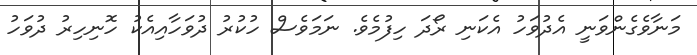
މަނާވެގެންވަނީ އެދުވަހު އެކަނި ރޯދަ ހިފުމެވެ. ނަމަވެސް ހުކުރު ދުވަހާއިއެކު ހޮނިހިރު ދުވަހު